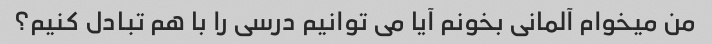
من میخوام آلمانی بخونم آیا می توانیم درسی را با هم تبادل کنیم؟